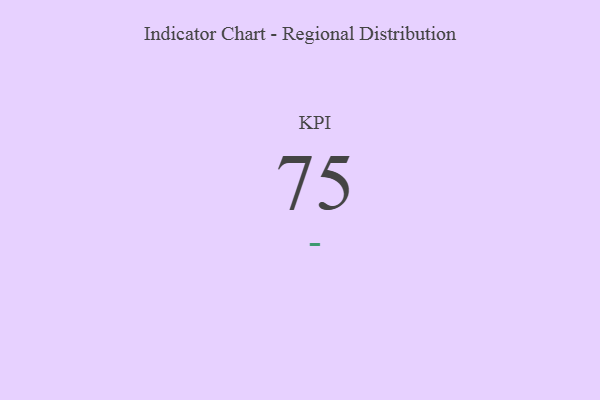
{"axis": {"x": "KPI", "y": "Value"}, "legend": [""], "data": [{"x": "KPI", "y": 75, "type": ""}]}